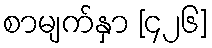
စာမျက်နှာ [၄၂၆]